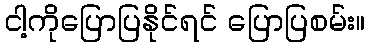
ငါ့ကိုပြောပြနိုင်ရင် ပြောပြစမ်း။